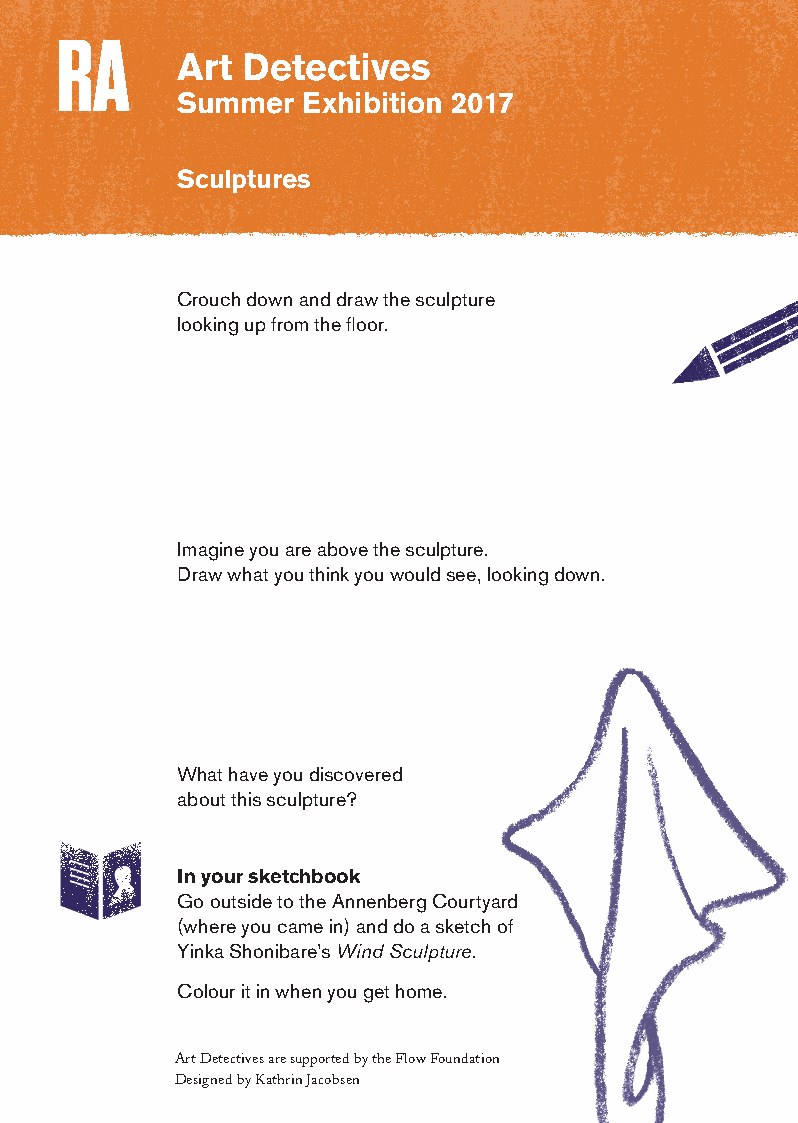
Art Detectives
 Summer  Exhibition 2017
 Sculptures
 Crouch down and draw the sculpture
 looking up from the floor.
 Imagine you are above the sculpture.
 Draw what you think you would see, looking down.
 What have you discovered
 about this sculpture?
 In your sketchbook
 Go outside to the Annenberg Courtyard
 (where you came in) and do a sketch of
 Yinka Shonibare’s Wind Sculpture.
 Colour it in when you get home.
 Art Detectives are supported by the Flow Foundation
 Designed by Kathrin Jacobsen